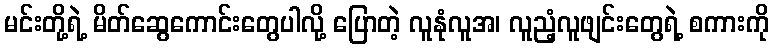
မင်းတို့ရဲ့ မိတ်ဆွေကောင်းတွေပါလို့ ပြောတဲ့ လူနုံလူအ၊ လူညံ့လူဖျင်းတွေရဲ့ စကားကို